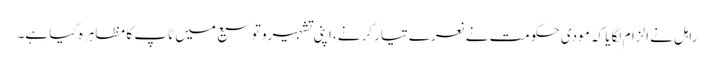
راہل نے الزام لگایا کہ مودی حکومت نے نعرے تیار کرنے، اپنی تشہیرو توسیع میں ٹاپ کا مظاہرہ کیا ہے۔